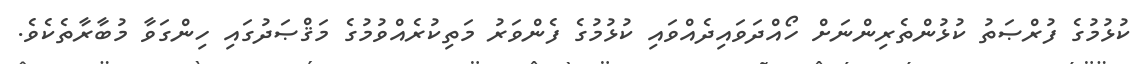
ކުޅުމުގެ ފުރްޞަތު ކުޅުންތެރިންނަށް ހޯއްދަވައިދެއްވައި ކުޅުމުގެ ފެންވަރު މަތިކުރެއްވުމުގެ މަޤްޞަދުގައި ހިންގަވާ މުބާރާތެކެވެ.